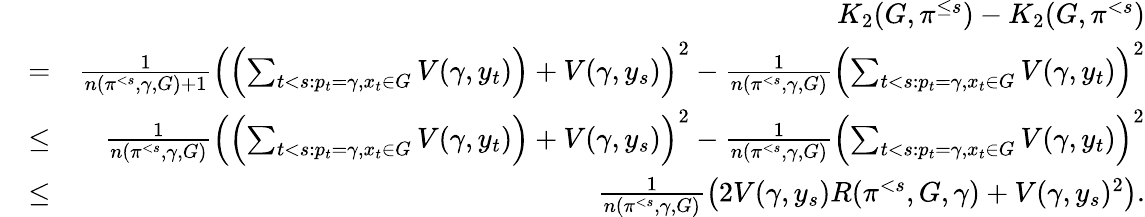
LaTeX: \begin{array}{rlr}&{}&{K_{2}(G,\pi^{\leq s})-K_{2}(G,\pi^{<s})}\\ &{=}&{\frac{1}{n(\pi^{<s},\gamma,G)+1}\left(\left(\sum_{t<s:p_{t}=\gamma,x_{t}\in G}V(\gamma,y_{t})\right)+V(\gamma,y_{s})\right)^{2}-\frac{1}{n(\pi^{<s},\gamma,G)}\left(\sum_{t<s:p_{t}=\gamma,x_{t}\in G}V(\gamma,y_{t})\right)^{2}}\\ &{\leq}&{\frac{1}{n(\pi^{<s},\gamma,G)}\left(\left(\sum_{t<s:p_{t}=\gamma,x_{t}\in G}V(\gamma,y_{t})\right)+V(\gamma,y_{s})\right)^{2}-\frac{1}{n(\pi^{<s},\gamma,G)}\left(\sum_{t<s:p_{t}=\gamma,x_{t}\in G}V(\gamma,y_{t})\right)^{2}}\\ &{\leq}&{\frac{1}{n(\pi^{<s},\gamma,G)}\left(2V(\gamma,y_{s})R(\pi^{<s},G,\gamma)+V(\gamma,y_{s})^{2}\right).}\end{array}